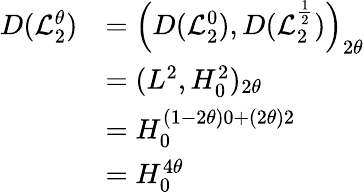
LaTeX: \begin{array}{rl}{D(\mathcal{L}_{2}^{\theta})}&{=\left(D(\mathcal{L}_{2}^{0}),D(\mathcal{L}_{2}^{\frac{1}{2}})\right)_{2\theta}}\\ &{=(L^{2},H_{0}^{2})_{2\theta}}\\ &{=H_{0}^{(1-2\theta)0+(2\theta)2}}\\ &{=H_{0}^{4\theta}}\end{array}